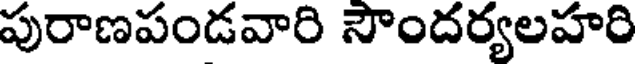
పురాణపండవారి సౌందర్యలహరి